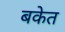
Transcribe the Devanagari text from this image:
बकेत